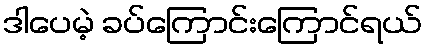
ဒါပေမဲ့ ခပ်ကြောင်းကြောင်ရယ်